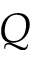
Q